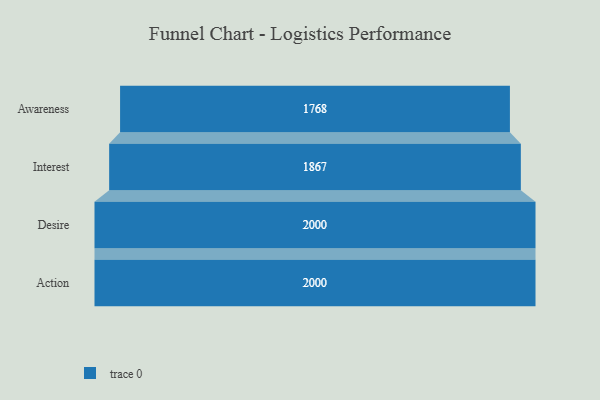
{"axis": {"x": "Stage", "y": "Value"}, "legend": [""], "data": [{"x": "Awareness", "y": 1768.0, "type": ""}, {"x": "Interest", "y": 1867.0, "type": ""}, {"x": "Desire", "y": 2000, "type": ""}, {"x": "Action", "y": 2000, "type": ""}]}